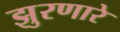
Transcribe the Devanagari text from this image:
झुरणारे